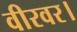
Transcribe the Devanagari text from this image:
वीरवर।